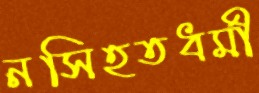
নসিহতধর্মী